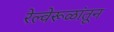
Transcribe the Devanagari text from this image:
रेल्वेरूळांतून